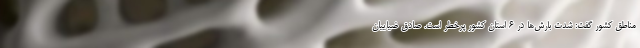
مناطق کشور گفت: شدت بارش‌ها در ۶ استان کشور پرخطر است. صادق ضیاییان